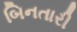
બિનતારી